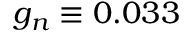
g _ { n } \equiv 0 . 0 3 3